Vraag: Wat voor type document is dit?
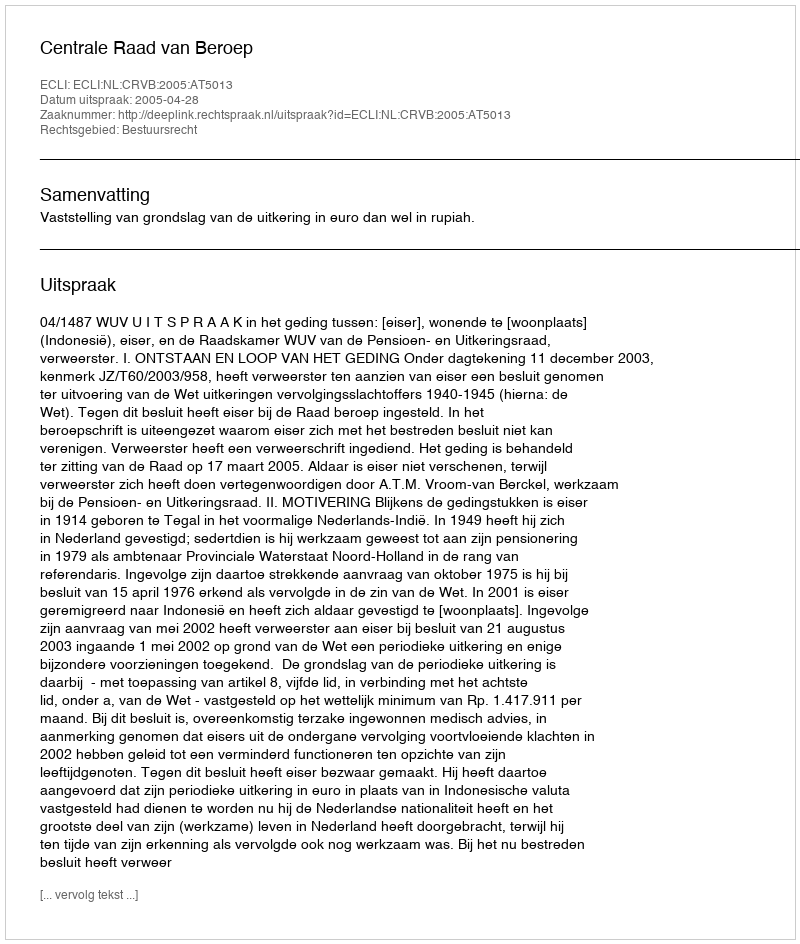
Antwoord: Uitspraak